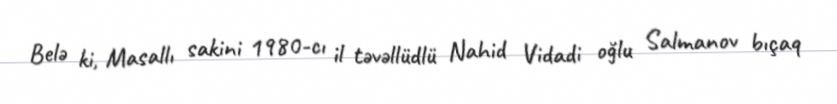
Belə ki, Masallı sakini 1980-cı il təvəllüdlü Nahid Vidadi oğlu Salmanov bıçaq